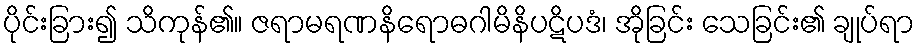
ပိုင်းခြား၍ သိကုန်၏။ ဇရာမရဏနိရောဓဂါမိနိပဋိပဒံ၊ အိုခြင်း သေခြင်း၏ ချုပ်ရာ